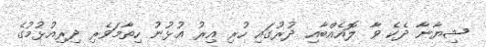
ޝިޔާނާ ދެކެ ވާ ލޮއެއްބާއި ދުރުގައި ހުރި އިރު އުޅުނު ހިތާމަވެރި ދިރިއުޅުމުގެ